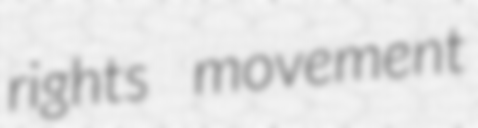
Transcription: rights movement